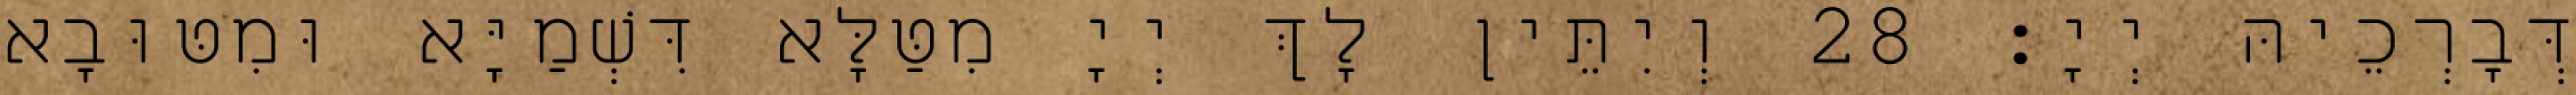
דְּבָרְכֵיהּ יְיָ׃ 28 וְיִתֵּין לָךְ יְיָ מִטַּלָּא דִּשְׁמַיָּא וּמִטּוּבָא